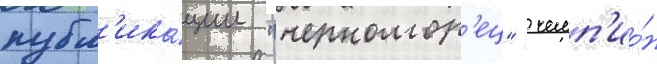
публ'ика́ции "черномор'ец"  чемп'ио́н